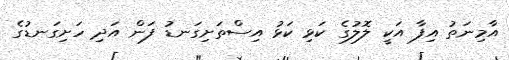
އާމިނަތު އިފާ އަކީ ލޮލުގެ ކަޅި ކަޅު އިސްތަށިގަނޑު ފަން އަދި ހަށިގަނޑުގެ